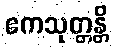
ဧကသုတ္တန္တိ